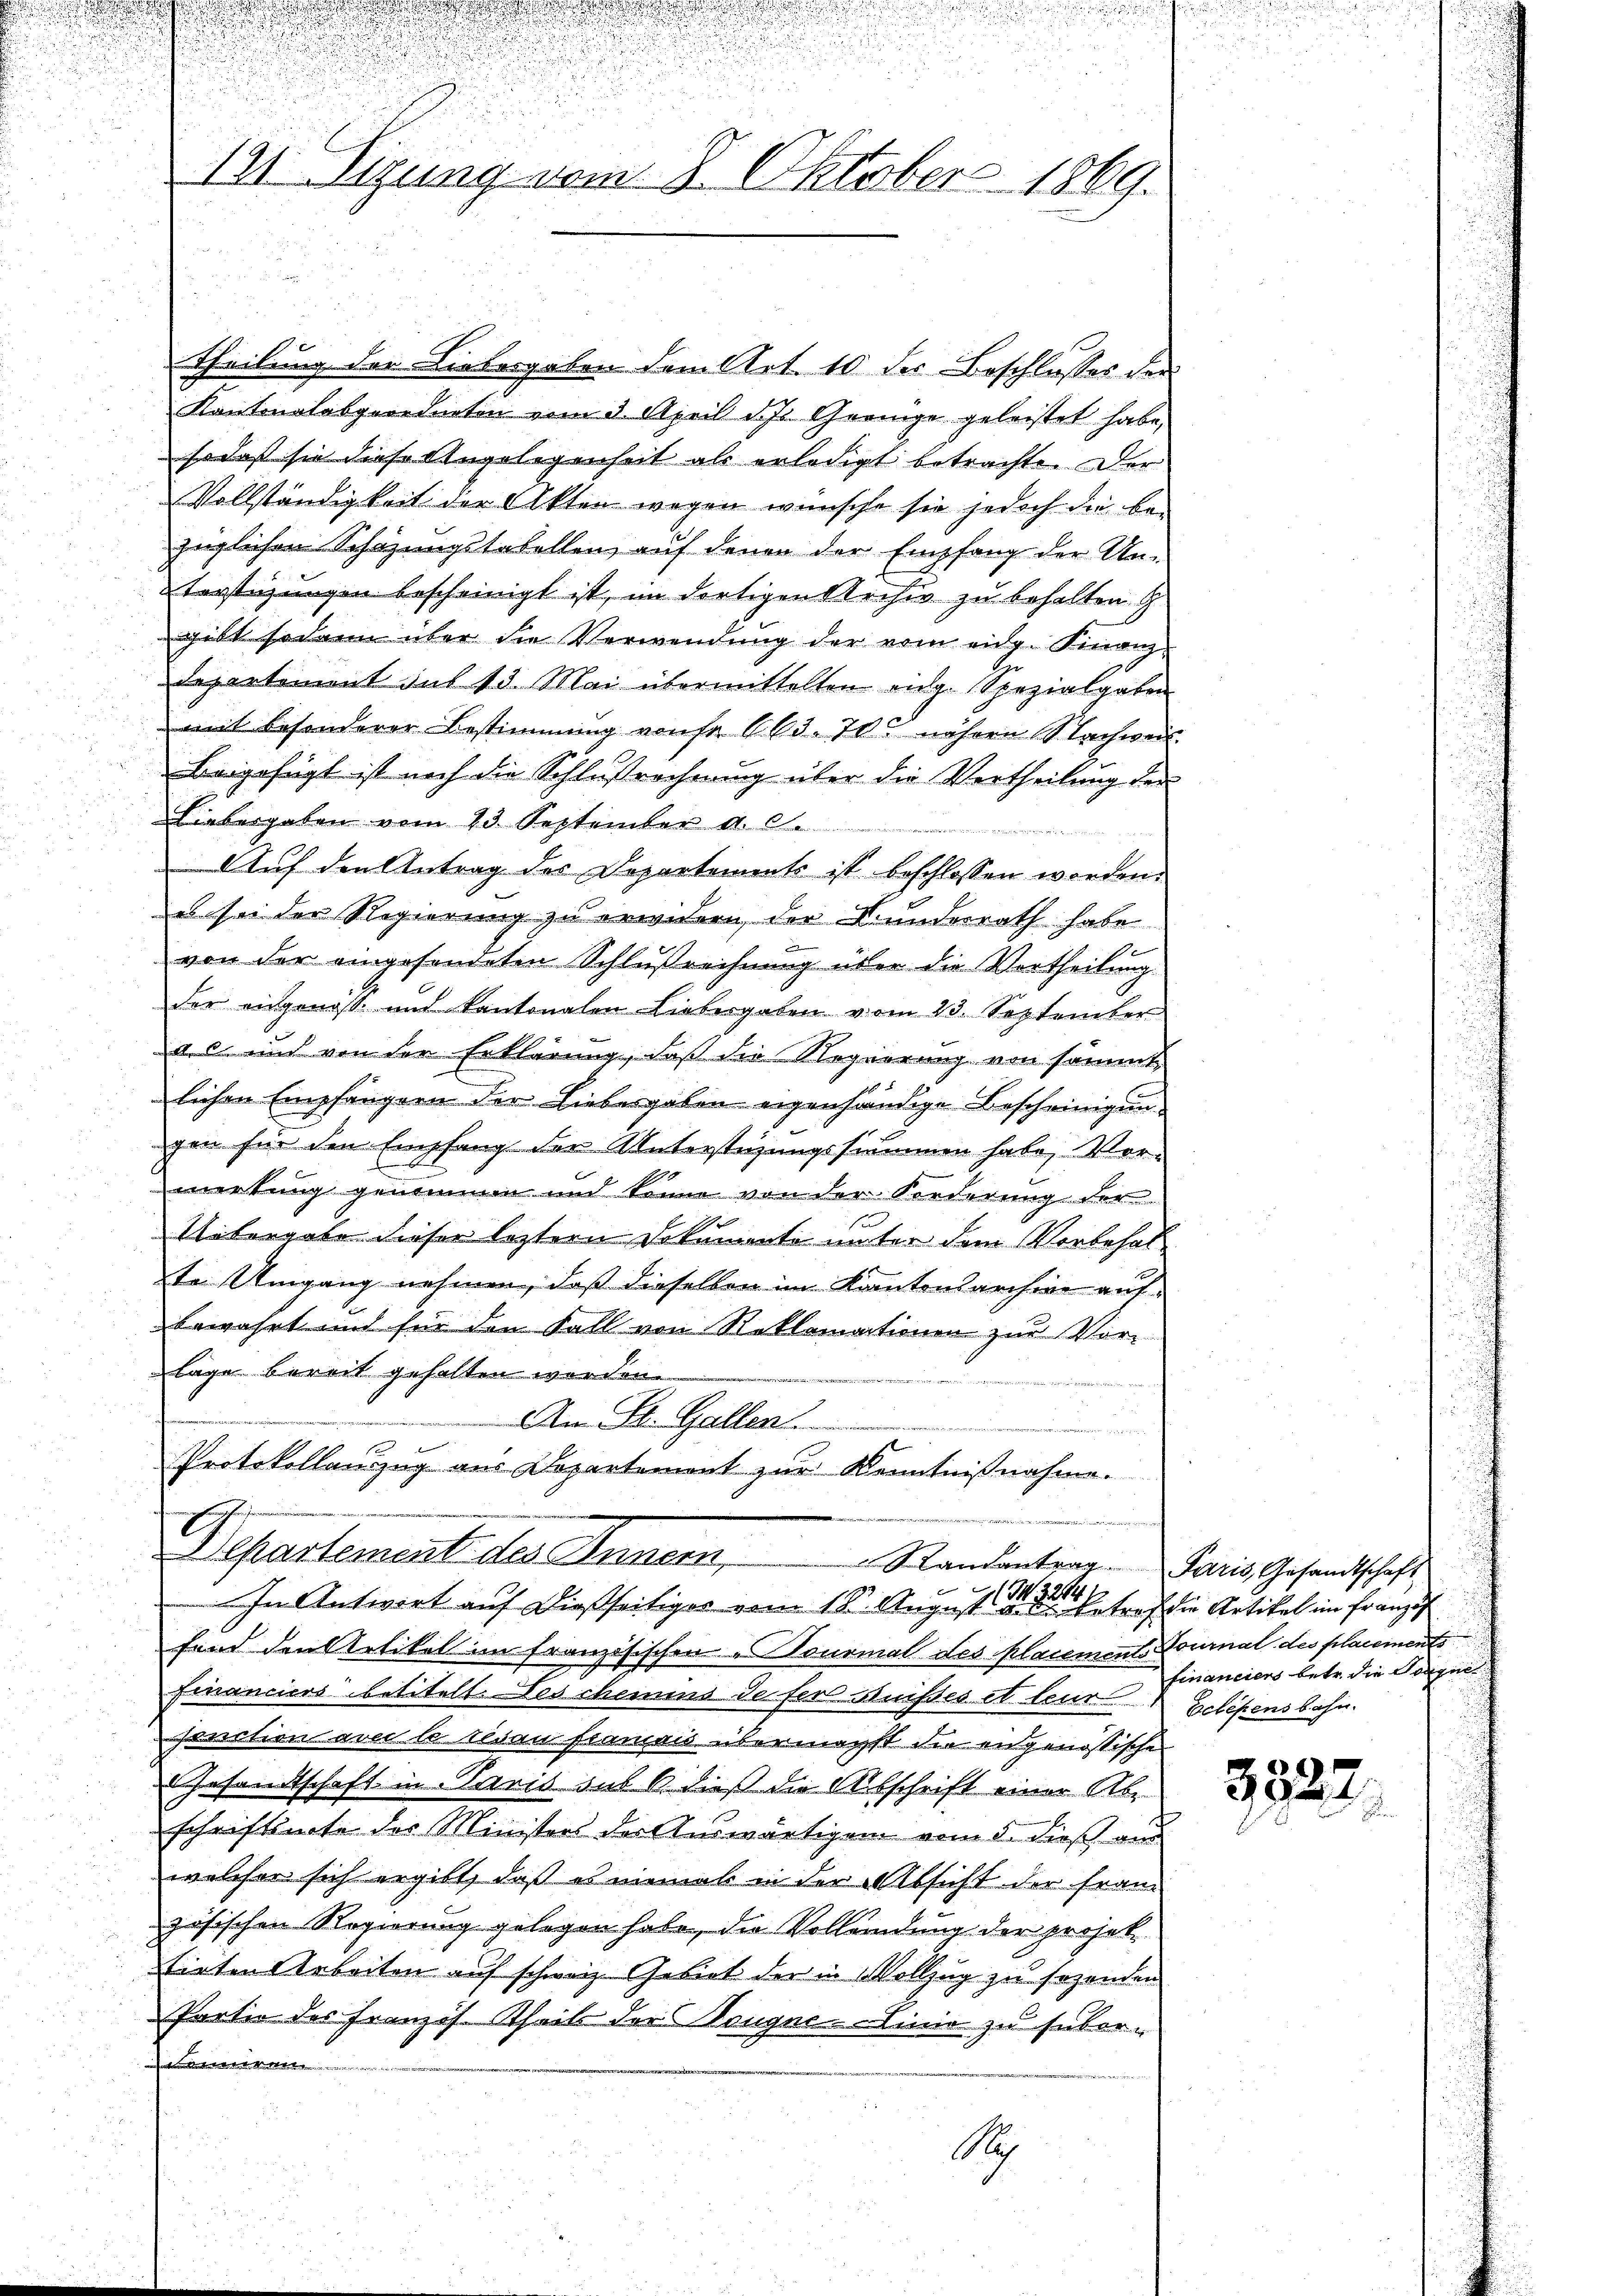
131. Sitzung vom 8. Oktobers 1869.

Theilung der Liebesgaben dem Art. 10 der Beschlusses der
Kantonalabgeordneten vom 3. April d. Js. Geringe geleistet habe,
sodaß sie diese Angelegenheit als erledigt betrachte. Der
Vollständigkeit der Akten wegen wünsche sie jedoch die bezüglichen Schazungstabellen, auf denen der Empfang der Un-
terstüzungen bescheinigt ist, im dortigen Archiv zu behalten G
gibt sodann über die Verwendung der vom eidg. Finanz-
Departement sus 13. Mai übermittelten ange Spezialgaben
mit besonderer Bestimmung vonse 663. 70 nähere Nachweis.
Beigefügt ist noch die Schlußrechnung über die Vertheilung der
Liebergaben vom 13. September d. d.
Auf den Antrag des Departements ist beschlossen worden.
es sei der Regierung zu erwidern der Kunderrath habe.
von der eingesendeten Schlußrechnung über die Vortheilung
der angenoss und kantonalen Liebesgaben vom 23. September
as und von der Erklärung, daß die Regierung von sammt
lichen Empfängern der Liebergaben eigenhändige Bescheinigungen für den Empfang der Unterstüzungssummen habe, Vorwertung genommen und könne von der Forderung der
Untergabe dieser letztern Dokumente unter dem Vorbehalte Umgang nehmen, daß dieselben im Kantonsarchive auf
bewahrt und für den Fall von Reklamationen zur Vorlage bereit gehalten werden.
An St. Gallen.
.
Protokollanzug aus Departement zur Kenntnißnahme.
E
Departement des Innern,
Randantrag. Paris, Gesandtschaft
32841
M.
In Antwort auf dießseitiger vom 19t August a. d. Betref die Artikel im Französ
fand den Artikel im französischen Tonsmal des placement. Tournal des placements
Financiers betitelt. Des chemis de ser Bußes et leur
ponation avec le tesau framais übermächst die angenössischen
Gesandtschaft in Paris aus B dieß die Ausschrift einer Abe
schriftsnote der Ministers der Auswärtigem vom 8. dieß aus
welcher sich ergibt, daß es niemal in der Absicht der Franz
zösischen Regierung gelegen habe, die Vollendung der projeksirten Arbeiten auf schweiz. Gebiet der in Vollzug zu sezenden
Partie des Französ. Theils der Neugne-Linie zu subore |
A

financiers betr. die Sorge
Eclekens bahn.

3322.